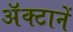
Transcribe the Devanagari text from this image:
अॅक्टानें